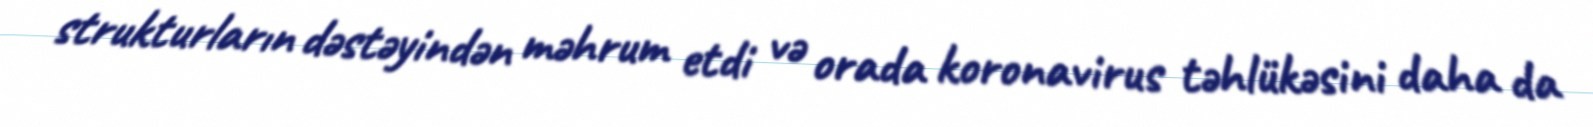
strukturların dəstəyindən məhrum etdi və orada koronavirus təhlükəsini daha da